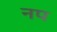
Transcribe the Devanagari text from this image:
नप